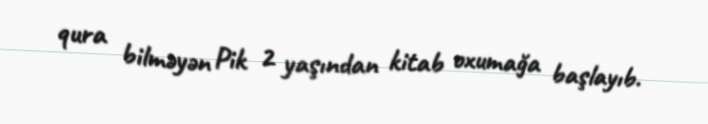
qura bilməyən Pik 2 yaşından kitab oxumağa başlayıb.